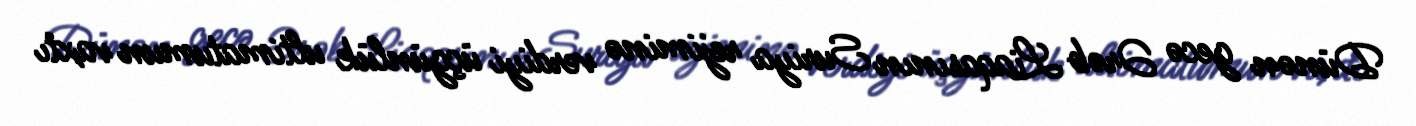
Dünən gecə Ərəb Liaqasının Suriya rejiminə verdiyi üçgünlük ultimatumun vaxtı